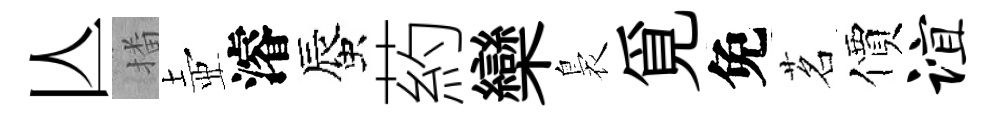
亾播壺濬蜃葯欒裊覓免茗價谊